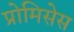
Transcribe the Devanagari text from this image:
प्रोमिसेस